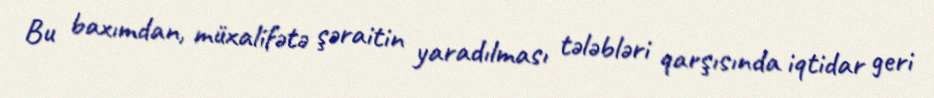
Bu baxımdan, müxalifətə şəraitin yaradılması tələbləri qarşısında iqtidar geri